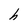
Character: h